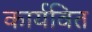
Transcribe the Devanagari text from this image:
कार्यवित